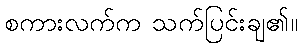
စကားလက်က သက်ပြင်းချ၏။